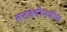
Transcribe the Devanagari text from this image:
तटबंदीमधील